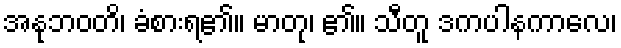
အနုဘဝတိ၊ ခံစားရ၏။ မာတု၊ ၏။ သီတူ ဒကပါနကာလေ၊